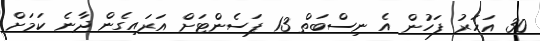
30 އަހަރު ފަހުން އެ ނިސްބަތް 13 ޕަސެންޓަށް އަރައިގެން ދާނެ ކަމަށް